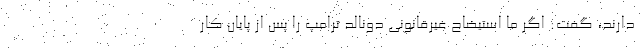
دارند، گفت: اگر ما استیضاح غیرقانونی دونالد ترامپ را پس از پایان کار